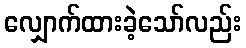
လျှောက်ထားခဲ့သော်လည်း